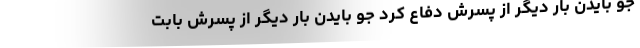
جو بایدن بار دیگر از پسرش دفاع کرد جو بایدن بار دیگر از پسرش بابت